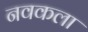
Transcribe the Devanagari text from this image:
नवकला